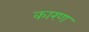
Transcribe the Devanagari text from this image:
कारण